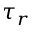
\tau _ { r }